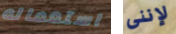
استعماله لإننى